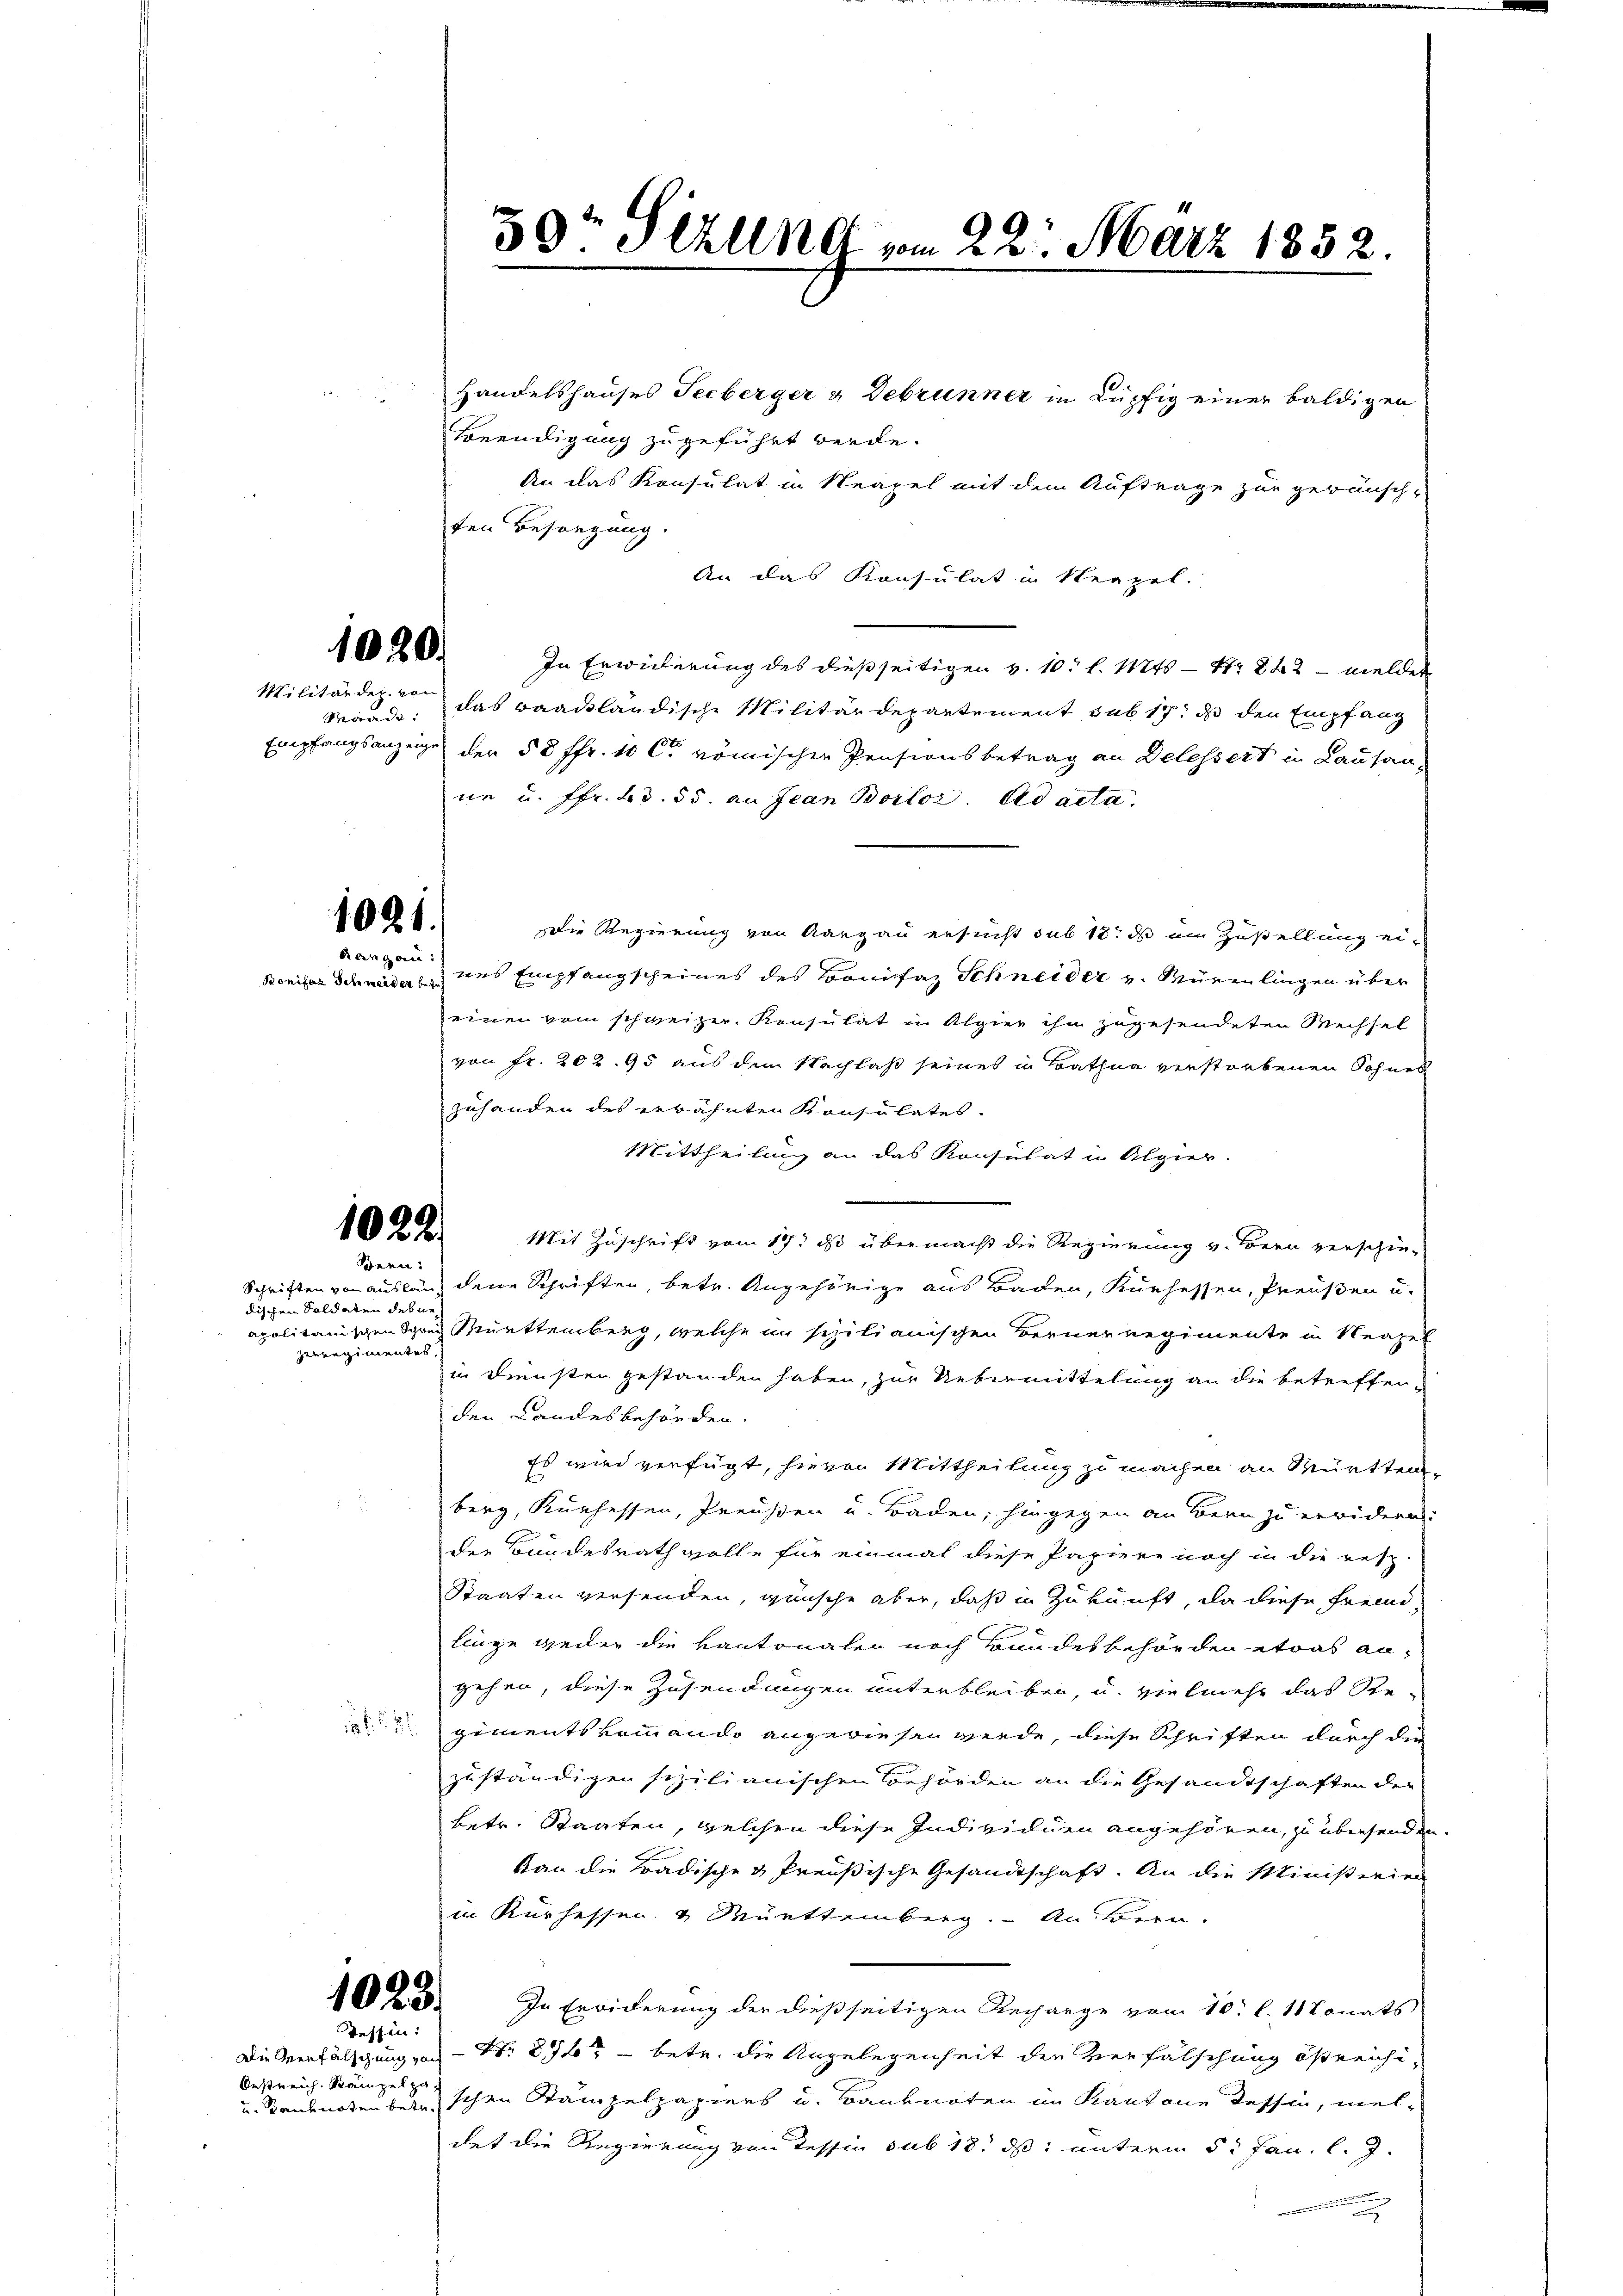
1020.

Militärder, von

1021.
Kangau:

1022.
Sern:

dischen Soldaten debne
zerregimentes

.

Teffin:

Oestreich. Kampel zu
u. Banknoten betr.

Handelshauses Secberger & Debrunner in Lupfig einer baldigen
Beendigung zugeführt werde.
An das Konsulat in Neapel mit dem Auftrage zur gewünsch-
ten Besorgung.
An das Konsulat in Neapel.
In Erwiderung des dießseitigen v. 10. l. Mts. — Nr. 842 - meldet
Maad, das baackländische Militärdepartement sub 17. ds den Empfang
Empfangsanzeige der 58 ffr. 10 Ct. römischen Pensionsbetrag an Delessert in Lausan
ne u. ffr. Bd. 55. an Jean Borlor. Ad acta.
Die Regierung von Aargau ersucht sub 18. ds im Zustellung eier Schwerde uns Empfangscheines des Bonifaz Schneider u. Würenlingen über
einen vom schweizer. Konsulat in Alpier ihn zugesendeten Wechsel
von Fr. 202. 95 aus dem Nachlaß seines in Bathna verstorbenen Sohnes
zuhanden des erwähnten Konsulates.
Mittheilung an das Konsulat in Algier
Mit Zuschrift vom 19t ds übermacht die Regierung v. Bern verschie¬
Schriften von auslang dene Schriften, betr. Angehörige aus Baden, Kurhessen, Preußen u.
apalitärischen Schrei Muettemberg, welche in spilianischen Berner Regimente in Neapel
in Diensten gestanden haben, zur Uebermittelung an die betreffenden Landesbehörden.
Es wird verfügt, hievon Mittheilung zu machen an Württem-
berg, Kurhessen, Preußen u. Baden, hingegen an Bern zu erwidern:
der Bundesrath volle für einmal diese Papiere noch in die resp.
Staaten versenden, wünsche aber, daß in Zukunft, da diese Freund-
linge weder die Kantonalen noch Bundesbehörden etwas angehen, diese Zusendungen unterbleiben, u. vielmehr das Re¬
Zements kommando angewiesen werde, diese Schriften durch die
zuständigen schilianischen Behörden an die Gesandtschaften der
betr. Staaten, welchen diese Individuen angehören, zu übersenden
kan die Badische & Preußische Gesandtschaft. An die Ministerier
in Kurhessen & Muettemberg. An sein.
 . In Erwiderung der dießseitigen Rechange vom 10. l. 117onats
Die Verfälschung von Nr. 29t - betr. die Angelegenheit der Verfälschung östreichischen Stämpelpapiers u. Banknoten im Kantone Tessin, weldet die Regierung von Tessin sub 18. ds. unterm 5. Jan. l. J.
n

50r Sehne vom 22. März 1852.